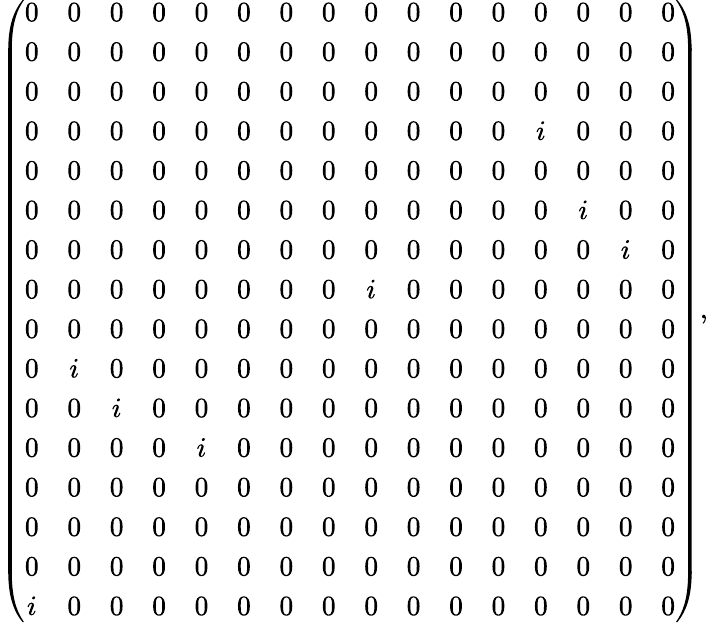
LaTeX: \left(\begin{array}{cccccccccccccccc}{{0}}&{{0}}&{{0}}&{{0}}&{{0}}&{{0}}&{{0}}&{{0}}&{{0}}&{{0}}&{{0}}&{{0}}&{{0}}&{{0}}&{{0}}&{{0}}\\ {{0}}&{{0}}&{{0}}&{{0}}&{{0}}&{{0}}&{{0}}&{{0}}&{{0}}&{{0}}&{{0}}&{{0}}&{{0}}&{{0}}&{{0}}&{{0}}\\ {{0}}&{{0}}&{{0}}&{{0}}&{{0}}&{{0}}&{{0}}&{{0}}&{{0}}&{{0}}&{{0}}&{{0}}&{{0}}&{{0}}&{{0}}&{{0}}\\ {{0}}&{{0}}&{{0}}&{{0}}&{{0}}&{{0}}&{{0}}&{{0}}&{{0}}&{{0}}&{{0}}&{{0}}&{{i}}&{{0}}&{{0}}&{{0}}\\ {{0}}&{{0}}&{{0}}&{{0}}&{{0}}&{{0}}&{{0}}&{{0}}&{{0}}&{{0}}&{{0}}&{{0}}&{{0}}&{{0}}&{{0}}&{{0}}\\ {{0}}&{{0}}&{{0}}&{{0}}&{{0}}&{{0}}&{{0}}&{{0}}&{{0}}&{{0}}&{{0}}&{{0}}&{{0}}&{{i}}&{{0}}&{{0}}\\ {{0}}&{{0}}&{{0}}&{{0}}&{{0}}&{{0}}&{{0}}&{{0}}&{{0}}&{{0}}&{{0}}&{{0}}&{{0}}&{{0}}&{{i}}&{{0}}\\ {{0}}&{{0}}&{{0}}&{{0}}&{{0}}&{{0}}&{{0}}&{{0}}&{{i}}&{{0}}&{{0}}&{{0}}&{{0}}&{{0}}&{{0}}&{{0}}\\ {{0}}&{{0}}&{{0}}&{{0}}&{{0}}&{{0}}&{{0}}&{{0}}&{{0}}&{{0}}&{{0}}&{{0}}&{{0}}&{{0}}&{{0}}&{{0}}\\ {{0}}&{{i}}&{{0}}&{{0}}&{{0}}&{{0}}&{{0}}&{{0}}&{{0}}&{{0}}&{{0}}&{{0}}&{{0}}&{{0}}&{{0}}&{{0}}\\ {{0}}&{{0}}&{{i}}&{{0}}&{{0}}&{{0}}&{{0}}&{{0}}&{{0}}&{{0}}&{{0}}&{{0}}&{{0}}&{{0}}&{{0}}&{{0}}\\ {{0}}&{{0}}&{{0}}&{{0}}&{{i}}&{{0}}&{{0}}&{{0}}&{{0}}&{{0}}&{{0}}&{{0}}&{{0}}&{{0}}&{{0}}&{{0}}\\ {{0}}&{{0}}&{{0}}&{{0}}&{{0}}&{{0}}&{{0}}&{{0}}&{{0}}&{{0}}&{{0}}&{{0}}&{{0}}&{{0}}&{{0}}&{{0}}\\ {{0}}&{{0}}&{{0}}&{{0}}&{{0}}&{{0}}&{{0}}&{{0}}&{{0}}&{{0}}&{{0}}&{{0}}&{{0}}&{{0}}&{{0}}&{{0}}\\ {{0}}&{{0}}&{{0}}&{{0}}&{{0}}&{{0}}&{{0}}&{{0}}&{{0}}&{{0}}&{{0}}&{{0}}&{{0}}&{{0}}&{{0}}&{{0}}\\ {{i}}&{{0}}&{{0}}&{{0}}&{{0}}&{{0}}&{{0}}&{{0}}&{{0}}&{{0}}&{{0}}&{{0}}&{{0}}&{{0}}&{{0}}&{{0}}\end{array}\right),